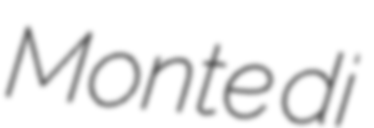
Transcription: Monte di